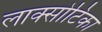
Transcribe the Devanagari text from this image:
लाक्सोटिका